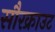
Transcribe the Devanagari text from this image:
सौरक्राउट